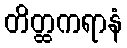
တိတ္ထကရာနံ